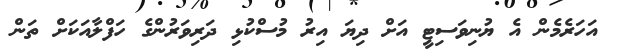
އަހަރެމެން އެ ޔުނިވަސިޓީ އަށް ދިޔަ އިރު މުސްކުޅި ދަރިވަރުންގެ ހަފްލާއަކަށް ތަން